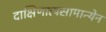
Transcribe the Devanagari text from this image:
दाक्षिणात्यसामान्येन